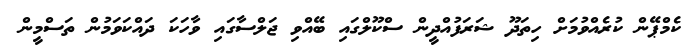
ކެމްޕޭން ކުރެއްވުމަށް ހިތަދޫ ޝަރަފުއްދީން ސްކޫލްގައި ބޭއްވި ޖަލްސާގައި ވާހަކަ ދައްކަވަމުން ތަސްމީން